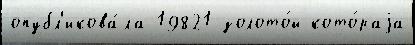
опубл'икова́ла 19821 золото́й кото́раjа